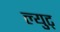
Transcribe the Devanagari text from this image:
ल्युट्